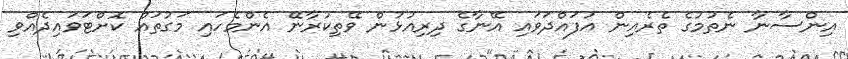
އިންސާނާ ނެތުމުގެ ތެރެއިން އުފައްދަވައި އޭނާގެ ދިރިއުޅުން ވޭތިކުރާނޭ އެންމެހައި މަގުތައް ކޮށްޓަވައިދެއްވި